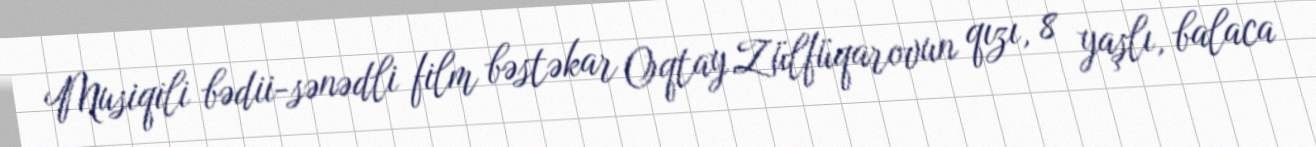
Musiqili bədii-sənədli film bəstəkar Oqtay Zülfüqarovun qızı, 8 yaşlı, balaca